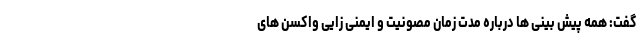
گفت: همه پیش بینی ها درباره مدت زمان مصونیت و ایمنی زایی واکسن های